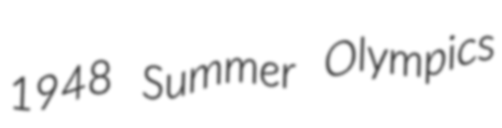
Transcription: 1948 Summer Olympics